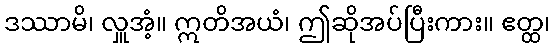
ဒဿာမိ၊ လှူအံ့။ ဣတိအယံ၊ ဤဆိုအပ်ပြီးကား။ ဧတ္ထ၊